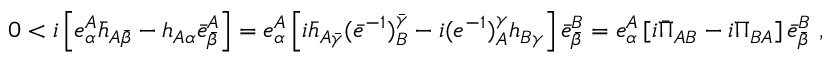
0 < i \left[ e _ { \alpha } ^ { A } \bar { h } _ { A \bar { \beta } } - h _ { A \alpha } \bar { e } _ { \bar { \beta } } ^ { A } \right] = e _ { \alpha } ^ { A } \left[ i \bar { h } _ { A \bar { \gamma } } ( \bar { e } ^ { - 1 } ) _ { B } ^ { \bar { \gamma } } - i ( e ^ { - 1 } ) _ { A } ^ { \gamma } h _ { B \gamma } \right] \bar { e } _ { \bar { \beta } } ^ { B } = e _ { \alpha } ^ { A } \left[ i \bar { \Pi } _ { A B } - i \Pi _ { B A } \right] \bar { e } _ { \bar { \beta } } ^ { B } \ ,